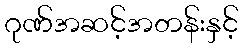
ဂုဏ်အဆင့်အတန်းနှင့်